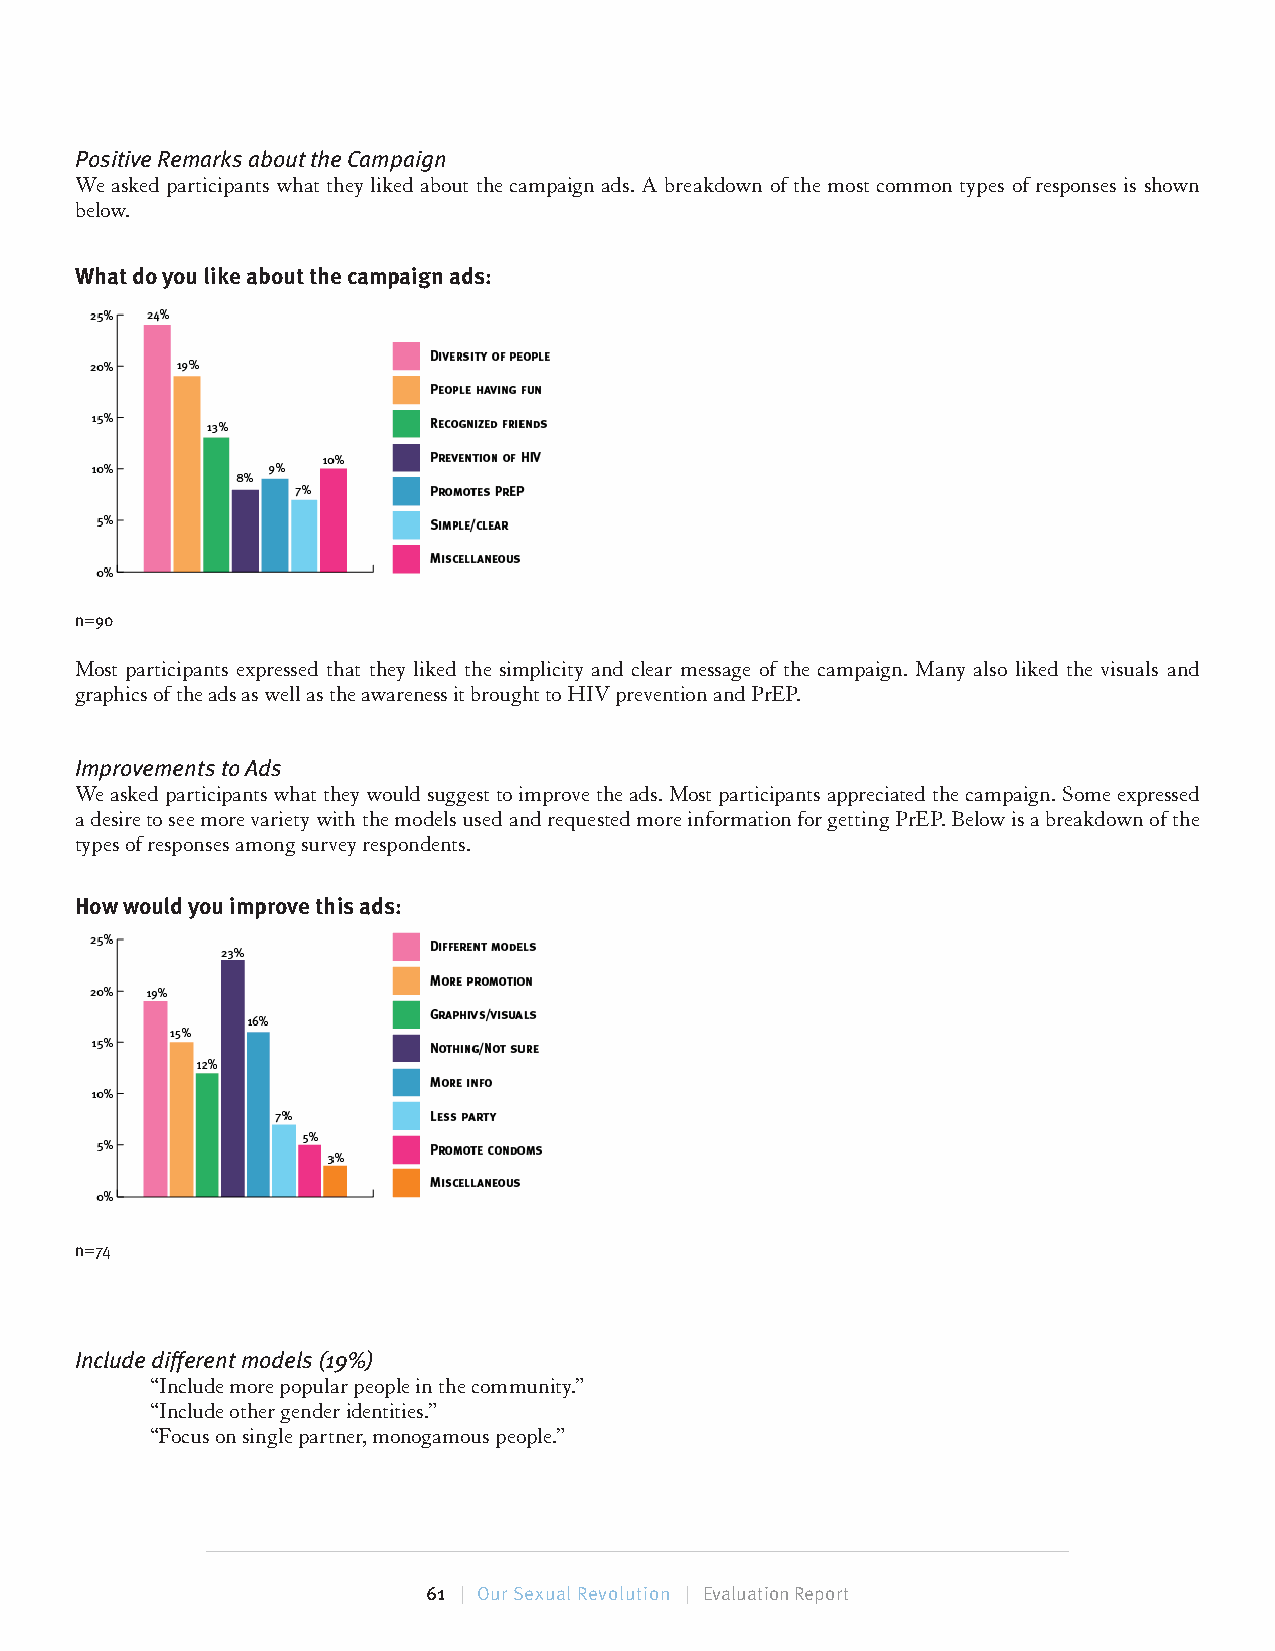
Positive Remarks about the Campaign
 We asked participants what they liked about the campaign ads. A breakdown of the most common types of responses is shown
 below.
 What do you like about the campaign ads:
 n=90
 Most participants expressed that they liked the simplicity and clear message of the campaign. Many also liked the visuals and
 graphics of the ads as well as the awareness it brought to HIV prevention and PrEP.
 Improvements to Ads
 We asked participants what they would suggest to improve the ads. Most participants appreciated the campaign. Some expressed
 a desire to see more variety with the models used and requested more information for getting PrEP. Below is a breakdown of the
 types of responses among survey respondents.
 How would you improve this ads:
 n=74
 Include different models (19%)
 “Include more popular people in the community.”
 “Include other gender identities.”
 “Focus on single partner, monogamous people.”
 61 | Our Sexual Revolution | Evaluation Report